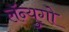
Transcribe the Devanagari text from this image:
लॅन्युगो